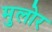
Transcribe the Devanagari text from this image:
मुलोर